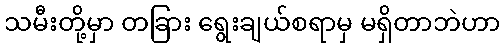
သမီးတို့မှာ တခြား ရွေးချယ်စရာမှ မရှိတာဘဲဟာ